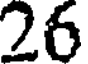
26